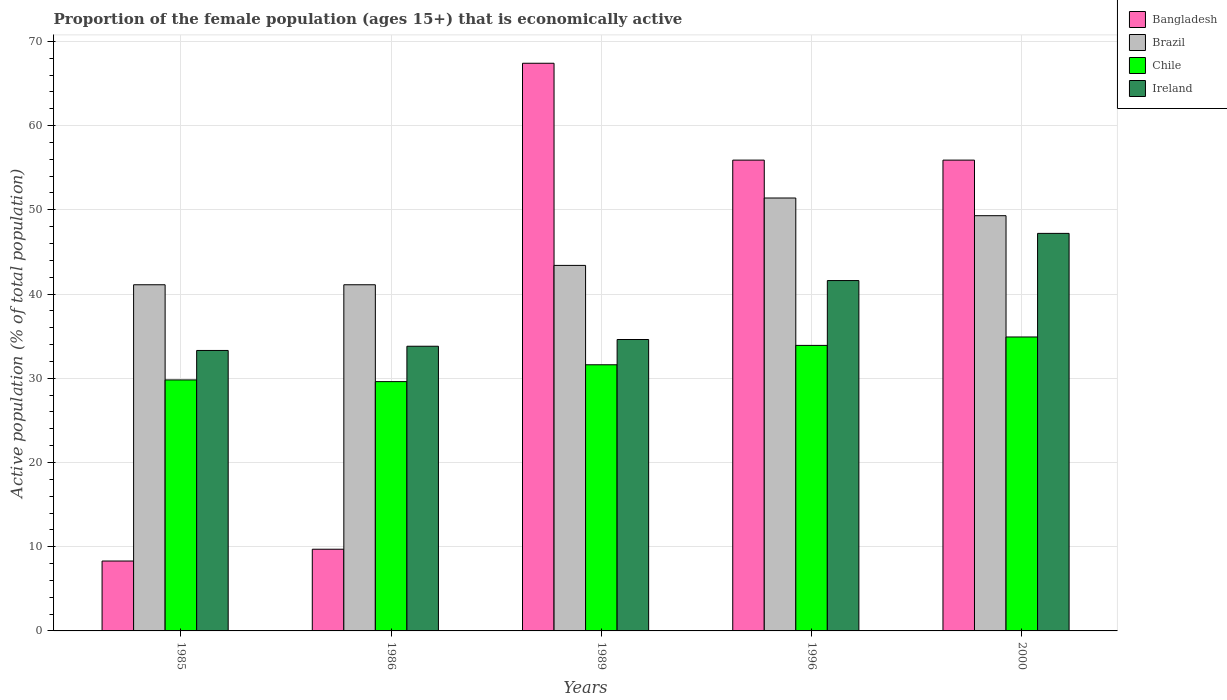
| Years | Bangladesh | Brazil | Chile | Ireland |
 | --- | --- | --- | --- | --- |
 | 1985 | 8.3 | 41.1 | 29.8 | 33.3 |
 | 1986 | 9.7 | 41.1 | 29.6 | 33.8 |
 | 1989 | 67.4 | 43.4 | 31.6 | 34.6 |
 | 1996 | 55.9 | 51.4 | 33.9 | 41.6 |
 | 2000 | 55.9 | 49.3 | 34.9 | 47.2 |